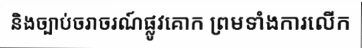
និងច្បាប់ចរាចរណ៍ផ្លូវគោក ព្រមទាំងការលើក